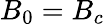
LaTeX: B_{0}=B_{c}